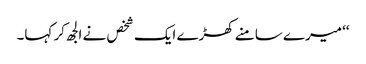
‘‘ میرے سامنے کھڑے ایک شخص نے الجھ کر کہا۔